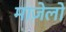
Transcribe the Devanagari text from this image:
माज़ेलो